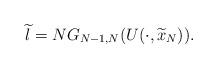
LaTeX: \begin{align*}\widetilde{l}=NG_{N-1,N}(U(\cdot ,\widetilde{x}_{N})). \end{align*}